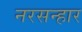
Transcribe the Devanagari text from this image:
नरसन्हार